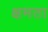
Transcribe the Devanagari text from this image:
क्षमता